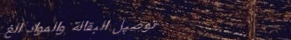
توصيل البقالة والمواد الغ